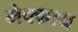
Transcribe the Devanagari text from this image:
मेक्ग्राथ